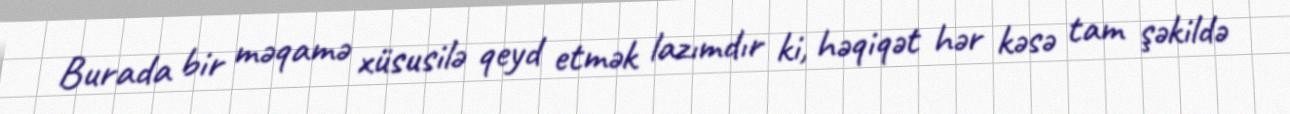
Burada bir məqamə xüsusilə qeyd etmək lazımdır ki, həqiqət hər kəsə tam şəkildə